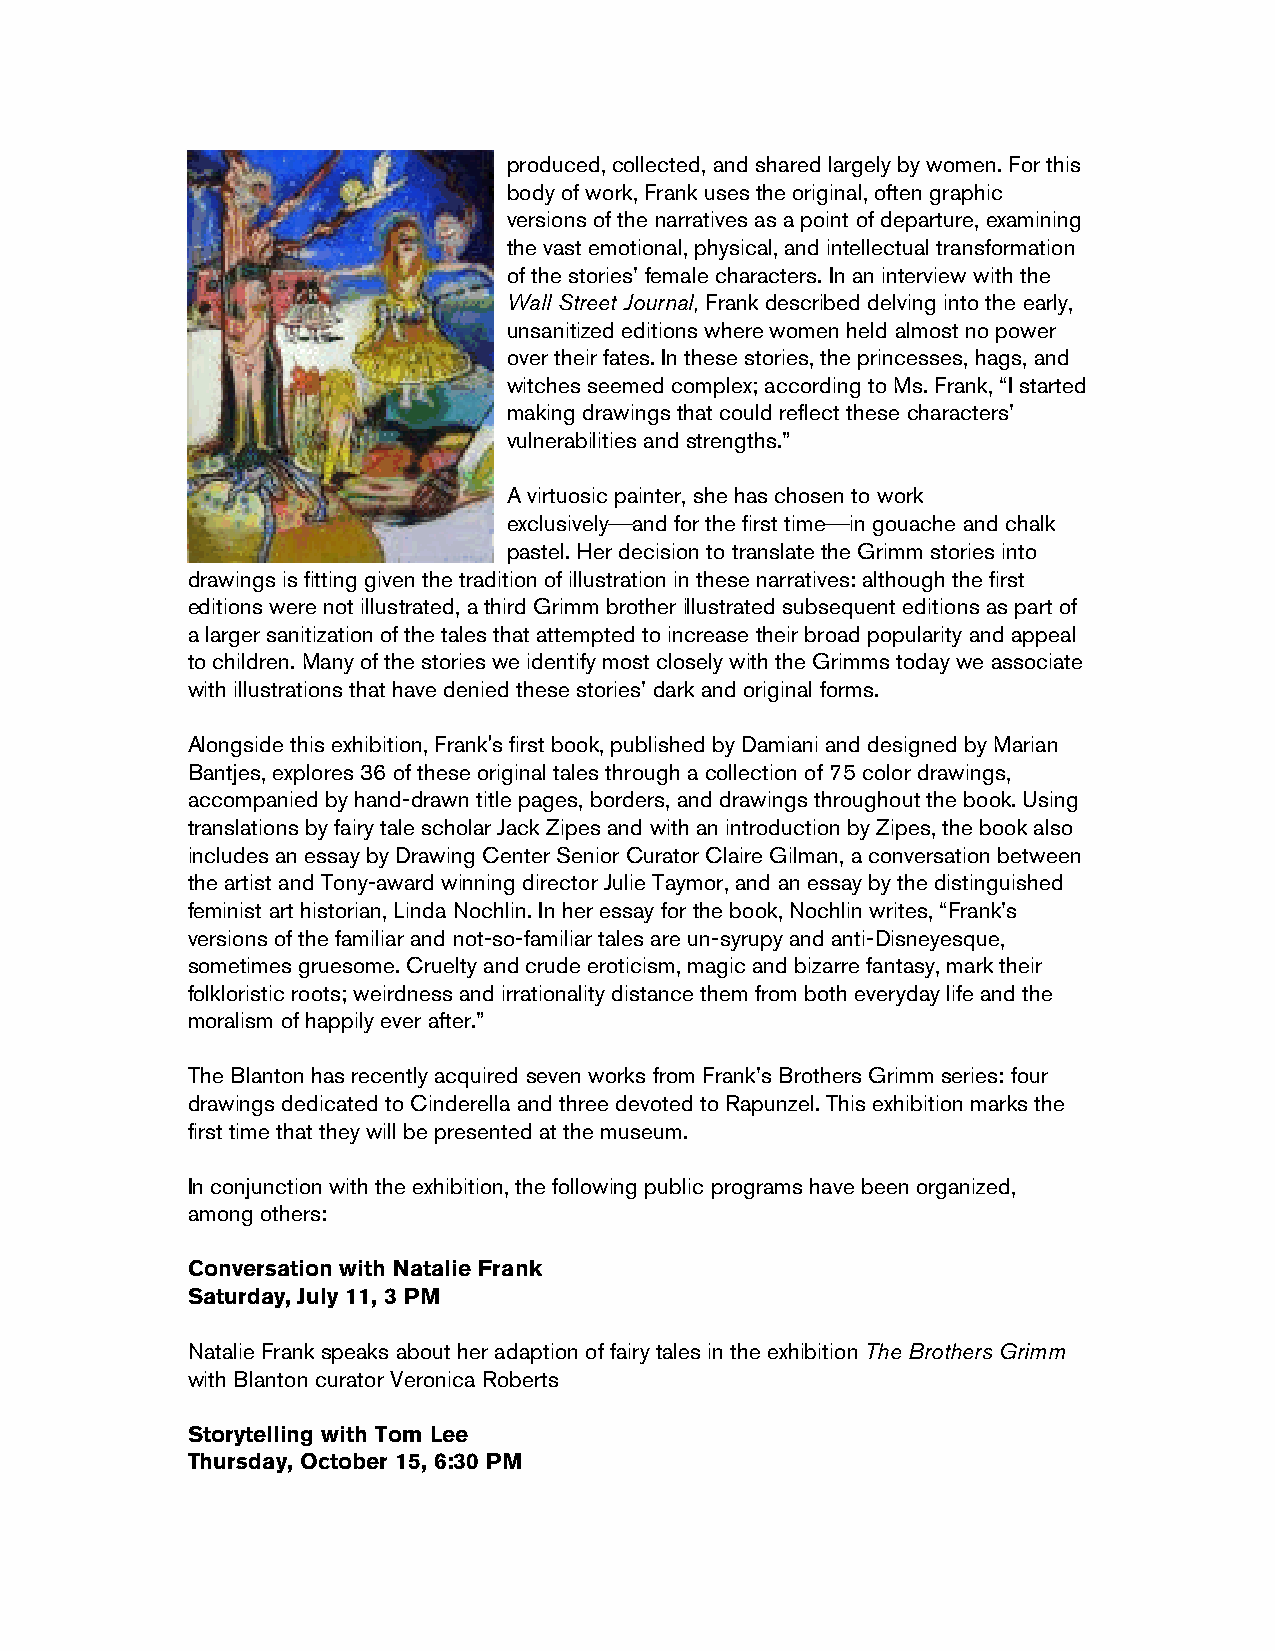
produced, collected, and shared largely by women. For this
 body of work, Frank uses the original, often graphic
 versions of the narratives as a point of departure, examining
 the vast emotional, physical, and intellectual transformation
 of the stories’ female characters. In an interview with the
 Wall Street Journal, Frank described delving into the early,
 unsanitized editions where women held almost no power
 over their fates. In these stories, the princesses, hags, and
 witches seemed complex; according to Ms. Frank, “I started
 making drawings that could reflect these characters’
 vulnerabilities and strengths.”
 A virtuosic painter, she has chosen to work
 exclusively⎯and for the first time⎯in gouache and chalk
 pastel. Her decision to translate the Grimm stories into
 drawings is fitting given the tradition of illustration in these narratives: although the first
 editions were not illustrated, a third Grimm brother illustrated subsequent editions as part of
 a larger sanitization of the tales that attempted to increase their broad popularity and appeal
 to children. Many of the stories we identify most closely with the Grimms today we associate
 with illustrations that have denied these stories’ dark and original forms.
 Alongside this exhibition, Frank's first book, published by Damiani and designed by Marian
 Bantjes, explores 36 of these original tales through a collection of 75 color drawings,
 accompanied by hand-drawn title pages, borders, and drawings throughout the book. Using
 translations by fairy tale scholar Jack Zipes and with an introduction by Zipes, the book also
 includes an essay by Drawing Center Senior Curator Claire Gilman, a conversation between
 the artist and Tony-award winning director Julie Taymor, and an essay by the distinguished
 feminist art historian, Linda Nochlin. In her essay for the book, Nochlin writes, “Frank’s
 versions of the familiar and not-so-familiar tales are un-syrupy and anti-Disneyesque,
 sometimes gruesome. Cruelty and crude eroticism, magic and bizarre fantasy, mark their
 folkloristic roots; weirdness and irrationality distance them from both everyday life and the
 moralism of happily ever after.”
 The Blanton has recently acquired seven works from Frank’s Brothers Grimm series: four
 drawings dedicated to Cinderella and three devoted to Rapunzel. This exhibition marks the
 first time that they will be presented at the museum.
 In conjunction with the exhibition, the following public programs have been organized,
 among others:
 Conversation with Natalie Frank
 Saturday, July 11, 3 PM
 Natalie Frank speaks about her adaption of fairy tales in the exhibition The Brothers Grimm
 with Blanton curator Veronica Roberts
 Storytelling with Tom Lee
 Thursday, October 15, 6:30 PM